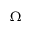
\Omega